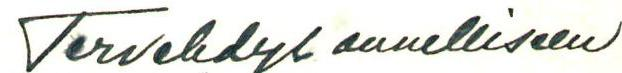
Tervehdys onnelliseen